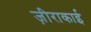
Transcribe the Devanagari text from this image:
ज़ीराकाई